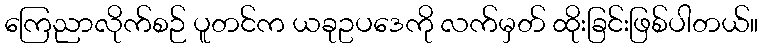
ကြေညာလိုက်စဉ် ပူတင်က ယခုဥပဒေကို လက်မှတ် ထိုးခြင်းဖြစ်ပါတယ်။